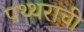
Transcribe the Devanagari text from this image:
पथ्थराची